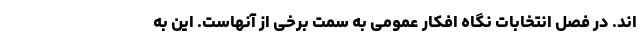
اند. در فصل انتخابات نگاه افکار عمومی به سمت برخی از آنهاست. این به